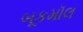
બૂકમૉલ